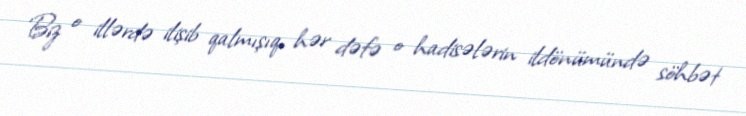
Biz o illərdə ilişib qalmışıq, hər dəfə o hadisələrin ildönümündə söhbət